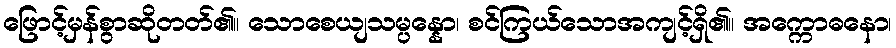
ဖြောင့်မှန်စွာဆိုတတ်၏။ သောစေယျသမ္ပန္နော၊ စင်ကြယ်သောအကျင့်ရှိ၏။ အက္ကောဓနော၊